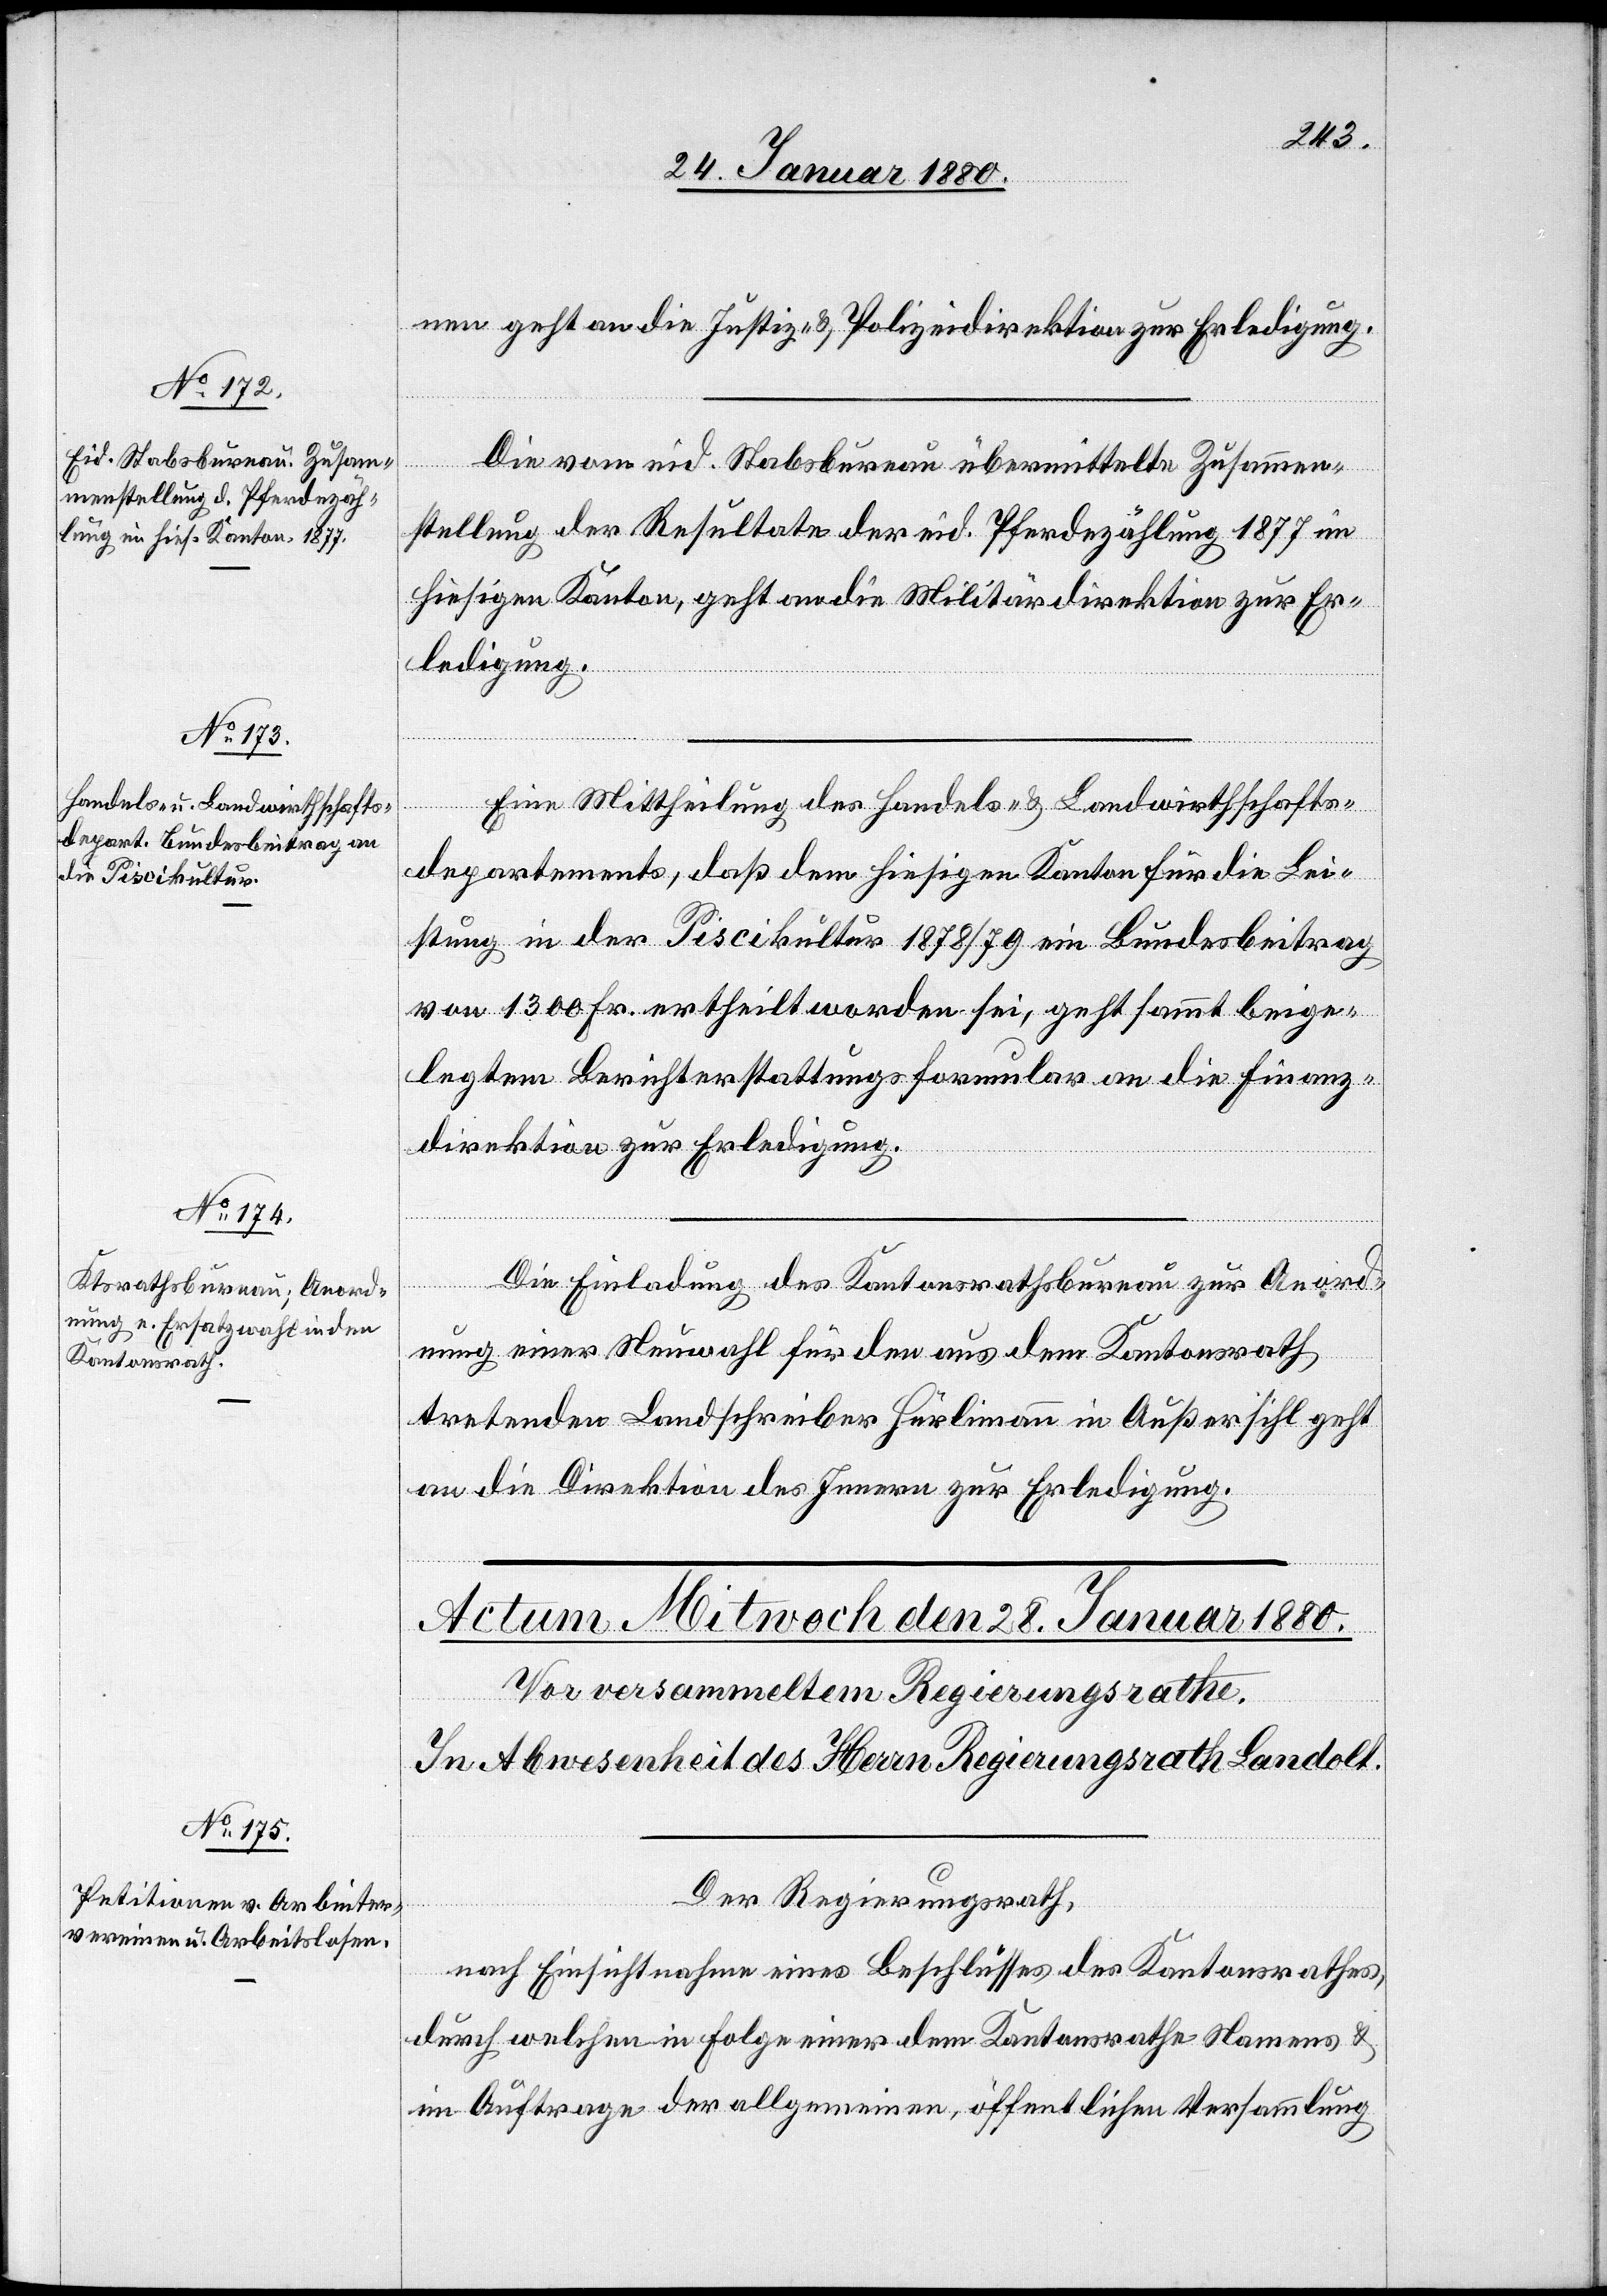
30. Januar 1880.]
nen geht an die Justiz- & Polizeidirektion zur Erledigung.
Die vom eid. Stabsbureau übermittelte Zusammen¬
stellung der Resultate der eid. Pferdezählung 1877 im
hiesigen Kanton, geht an die Militärdirektion zur Er¬
ledigung.
Eine Mittheilung des Handels- & Landwirthschafts¬
departements, daß dem hiesigen Kanton für die Lei¬
stung in der Piscikultur 1878/79 ein Bundesbeitrag
von 1300 Fr. ertheilt worden sei, geht sammt beige¬
legtem Berichterstattungsformular an die Finanz¬
direktion zur Erledigung.
Die Einladung des Kantonsrathsbureau zur Anord¬
nung einer Neuwahl für den aus dem Kantonsrath
tretenden Landschreiber Hürlimann in Außersihl geht
an die Direktion des Innern zur Erledigung.
Der Regierungsrath,
nach Einsicht eines Beschlusses des Kantonsrathes,
durch welchen in Folge einer dem Kantonsrathe Namens &
im Auftrage der allgemeinen, öffentlichen Versammlung